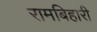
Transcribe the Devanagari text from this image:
रामबिहारी